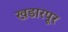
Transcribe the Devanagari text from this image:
खडारपूर